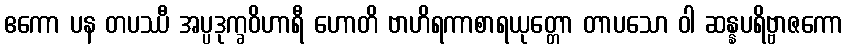
ဧကော ပန တပဿီ အပ္ပဒုက္ခဝိဟာရီ ဟောတိ ဗာဟိရကာစာရယုတ္တော တာပသော ဝါ ဆန္နပရိဗ္ဗာဇကော